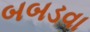
બબડવા